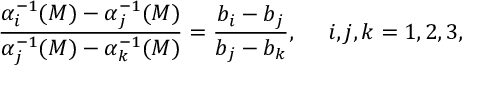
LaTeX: \frac { \alpha _ { i } ^ { - 1 } ( M ) - \alpha _ { j } ^ { - 1 } ( M ) } { \alpha _ { j } ^ { - 1 } ( M ) - \alpha _ { k } ^ { - 1 } ( M ) } = \frac { b _ { i } - b _ { j } } { b _ { j } - b _ { k } } , ~ ~ ~ ~ i , j , k = 1 , 2 , 3 ,